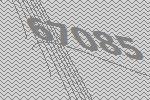
67085